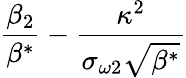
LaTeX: \frac{\beta_{2}}{\beta^{*}}-\frac{\kappa^{2}}{\sigma_{\omega 2}\sqrt{\beta^{*}}}